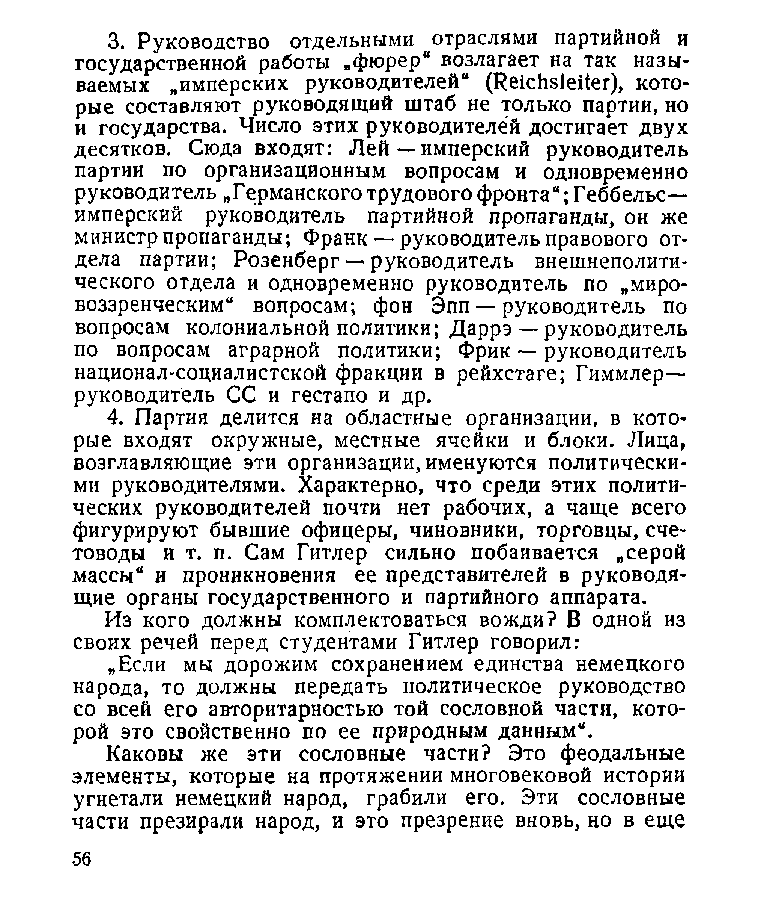
3. Руководство отдельными отраслями партийной и
 государственной работы „фюрер41 возлагает на так назы­
 ваемых „имперских руководителей“ (Не1сЬ81ейег), кото­
 рые составляют руководящий штаб не только партии, но
 и государства. Число этих руководителей достигает двух
 десятков. Сюда входят: Лей — имперский руководитель
 партии по организационным вопросам и одновременно
 руководитель „Германского трудового фронта“; Геббельс—
 имперский руководитель партийной пропаганды, он же
 министр пропаганды; Франк — руководитель правового от­
 дела партии; Розенберг — руководитель внешнеполити­
 ческого отдела и одновременно руководитель по „миро­
 воззренческим“ вопросам; фон Эпп — руководитель по
 вопросам колониальной политики; Даррэ — руководитель
 по вопросам аграрной политики; Фрик — руководитель
 национал-социалистской фракции в рейхстаге; Гиммлер—
 руководитель СС и гестапо и др.
 4. Партия делится на областные организации, в кото­
 рые входят окружные, местные ячейки и блоки. Лица,
 возглавляющие эти организации, именуются политически­
 ми руководителями. Характерно, что среди этих полити­
 ческих руководителей почти нет рабочих, а чаще всего
 фигурируют бывшие офицеры, чиновники, торговцы, сче­
 товоды и т. п. Сам Гитлер сильно побаивается „серой
 массы“ и проникновения ее представителей в руководя­
 щие органы государственного и партийного аппарата.
 Из кого должны комплектоваться вожди? В одной из
 своих речей перед студентами Гитлер говорил:
 „Если мы дорожим сохранением единства немецкого
 народа, то должны передать политическое руководство
 со всей его авторитарностью той сословной части, кото­
 рой это свойственно по ее природным данным“.
 Каковы же эти сословные части? Это феодальные
 элементы, которые на протяжении многовековой истории
 угнетали немецкий народ, грабили его. Эти сословные
 части презирали народ, и это презрение вновь, но в еще
 56